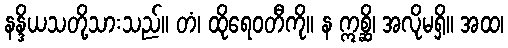
နန္ဒိယသတို့သားသည်။ တံ၊ ထိုရေဝတီကို။ န ဣစ္ဆိ၊ အလိုမရှိ။ အထ၊